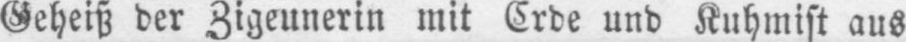
Geheiß der Zigeunerin mit Crde und Kuhmist aus